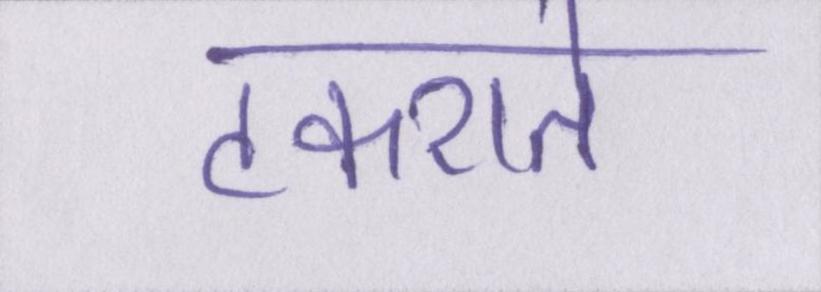
टकराते